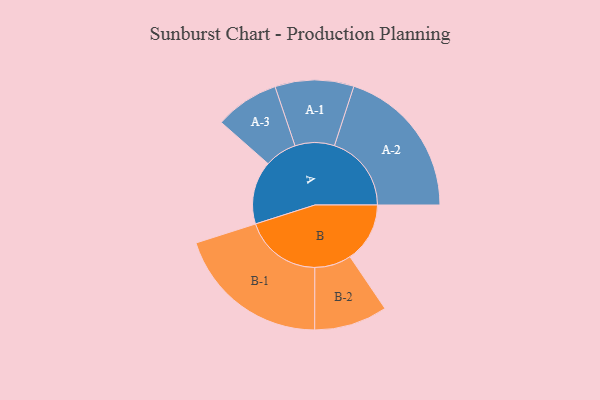
{"axis": {"x": "Segment", "y": "Value"}, "legend": ["", "A", "B"], "data": [{"x": "A", "y": 207, "type": ""}, {"x": "B", "y": 196, "type": ""}, {"x": "A-1", "y": 129, "type": "A"}, {"x": "A-2", "y": 252, "type": "A"}, {"x": "A-3", "y": 105, "type": "A"}, {"x": "B-1", "y": 253, "type": "B"}, {"x": "B-2", "y": 120, "type": "B"}]}